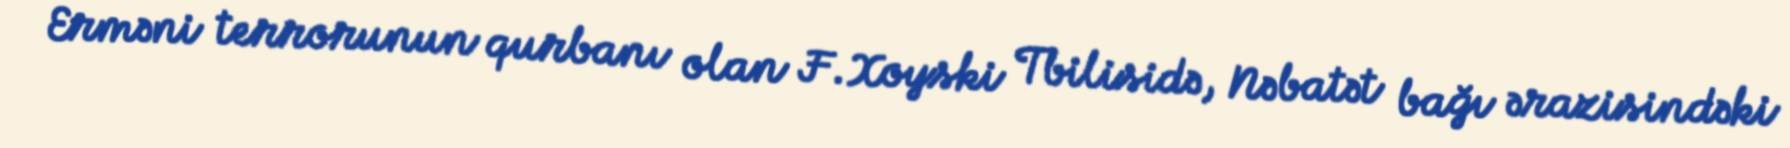
Erməni terrorunun qurbanı olan F.Xoyski Tbilisidə, Nəbatət bağı ərazisindəki